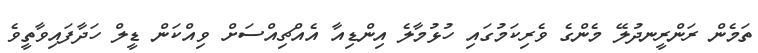
ތަމެން ރަންރީނދުލޭ މެންގެ ވެރިކަމުގައި ހުޅުމާލެ އިންޑިއާ އެއްޗިއްސަށް ވިއްކަން ޑީލް ހަދާފައިވާތީވެ